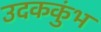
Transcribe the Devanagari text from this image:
उदककुंभ